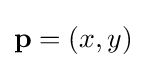
\mathbf {p} =\left(x,y\right)